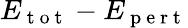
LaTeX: E_{\mathrm{~t~o~t~}}-E_{\mathrm{~p~e~r~t~}}